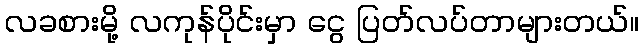
လခစားမို့ လကုန်ပိုင်းမှာ ငွေ ပြတ်လပ်တာများတယ်။